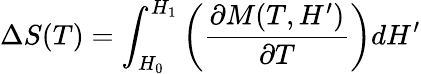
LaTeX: \Delta S(T)=\int_{H_{0}}^{H_{1}}\left({\frac{\partial M(T,H^{\prime})}{\partial T}}\right)dH^{\prime}